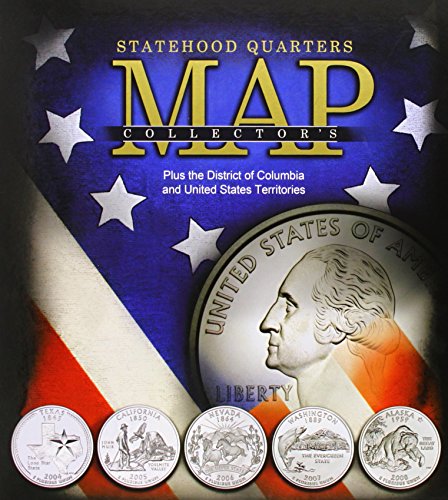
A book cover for Statehood Quarters Map; Crafts, Hobbies & Home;